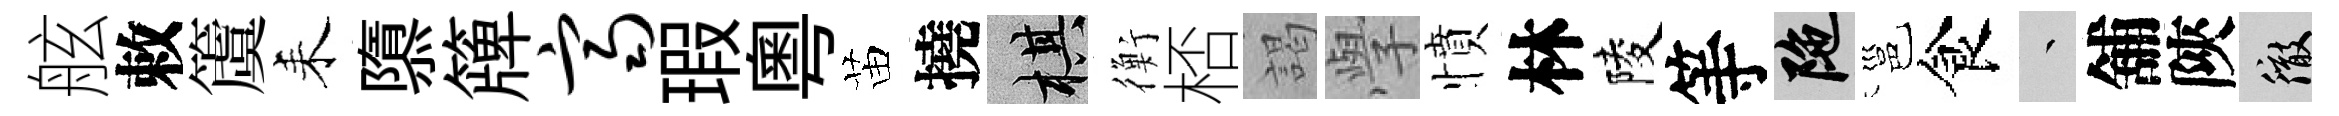
舷敕𥵂耒隳簰齐瑕粵苗撓棋衡桮謁𭓕憤林陵等陀邕食叢舖陝徹